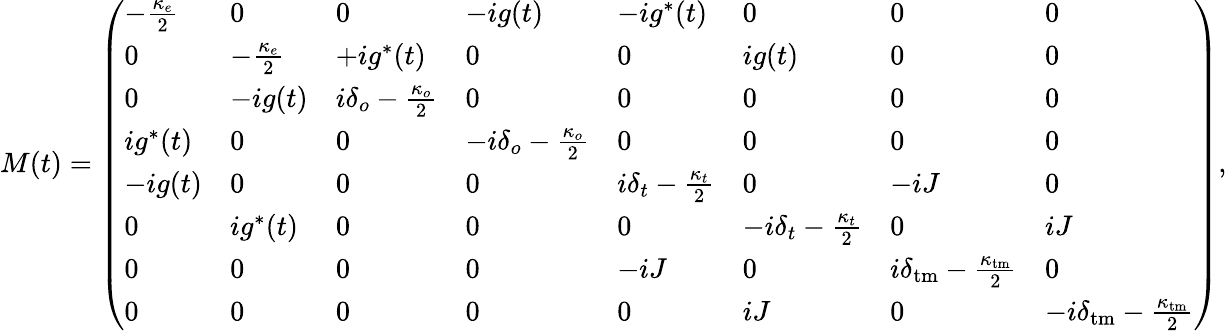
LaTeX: M(t)=\left(\begin{array}{llllllll}{-\frac{\kappa_{e}}{2}}&{0}&{0}&{-ig(t)}&{-ig^{*}(t)}&{0}&{0}&{0}\\ {0}&{-\frac{\kappa_{e}}{2}}&{+ig^{*}(t)}&{0}&{0}&{ig(t)}&{0}&{0}\\ {0}&{-ig(t)}&{i\delta_{o}-\frac{\kappa_{o}}{2}}&{0}&{0}&{0}&{0}&{0}\\ {ig^{*}(t)}&{0}&{0}&{-i\delta_{o}-\frac{\kappa_{o}}{2}}&{0}&{0}&{0}&{0}\\ {-ig(t)}&{0}&{0}&{0}&{i\delta_{t}-\frac{\kappa_{t}}{2}}&{0}&{-iJ}&{0}\\ {0}&{ig^{*}(t)}&{0}&{0}&{0}&{-i\delta_{t}-\frac{\kappa_{t}}{2}}&{0}&{iJ}\\ {0}&{0}&{0}&{0}&{-iJ}&{0}&{i\delta_{\mathrm{tm}}-\frac{\kappa_{\mathrm{tm}}}{2}}&{0}\\ {0}&{0}&{0}&{0}&{0}&{iJ}&{0}&{-i\delta_{\mathrm{tm}}-\frac{\kappa_{\mathrm{tm}}}{2}}\end{array}\right),